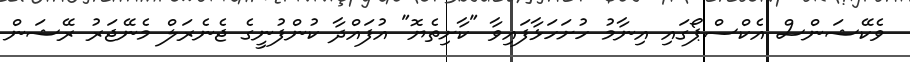
ވެކޭޝަންސް އެކްސްޕޯގައި އިނާމު ހުށަހަޅާފައިވާ "ކާށިތެޔޮ" އުފައްދާ ކުންފުނީގެ ޖެނެރަލް މެނޭޖަރު ރޭޝަން